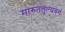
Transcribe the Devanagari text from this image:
मारुततुल्यवेगं